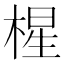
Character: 𰗼